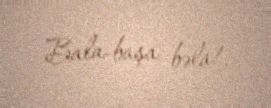
Bala-başa bəla!.